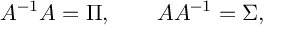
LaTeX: A ^ { - 1 } A = \Pi , \qquad A A ^ { - 1 } = \Sigma ,